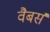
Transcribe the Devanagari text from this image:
वैबर्स